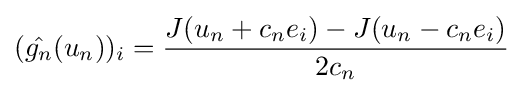
({\hat {g_{n}}}(u_{n}))_{i}={\frac {J(u_{n}+c_{n}e_{i})-J(u_{n}-c_{n}e_{i})}{2c_{n}}}